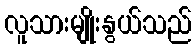
လူသားမျိုးနွယ်သည်